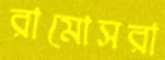
রামোসরা